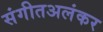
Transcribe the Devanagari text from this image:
संगीतअलंकर